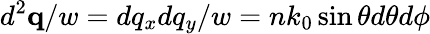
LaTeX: d^{2}\mathbf{q}/w=dq_{x}dq_{y}/w=nk_{0}\sin\theta d\theta d\phi